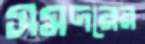
সমদরের